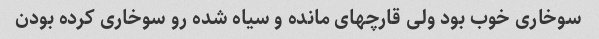
سوخاری خوب بود ولی قارچهای مانده و سیاه شده رو سوخاری کرده بودن